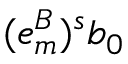
( e _ { m } ^ { B } ) ^ { s } b _ { 0 }